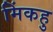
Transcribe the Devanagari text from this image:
मिंकहु